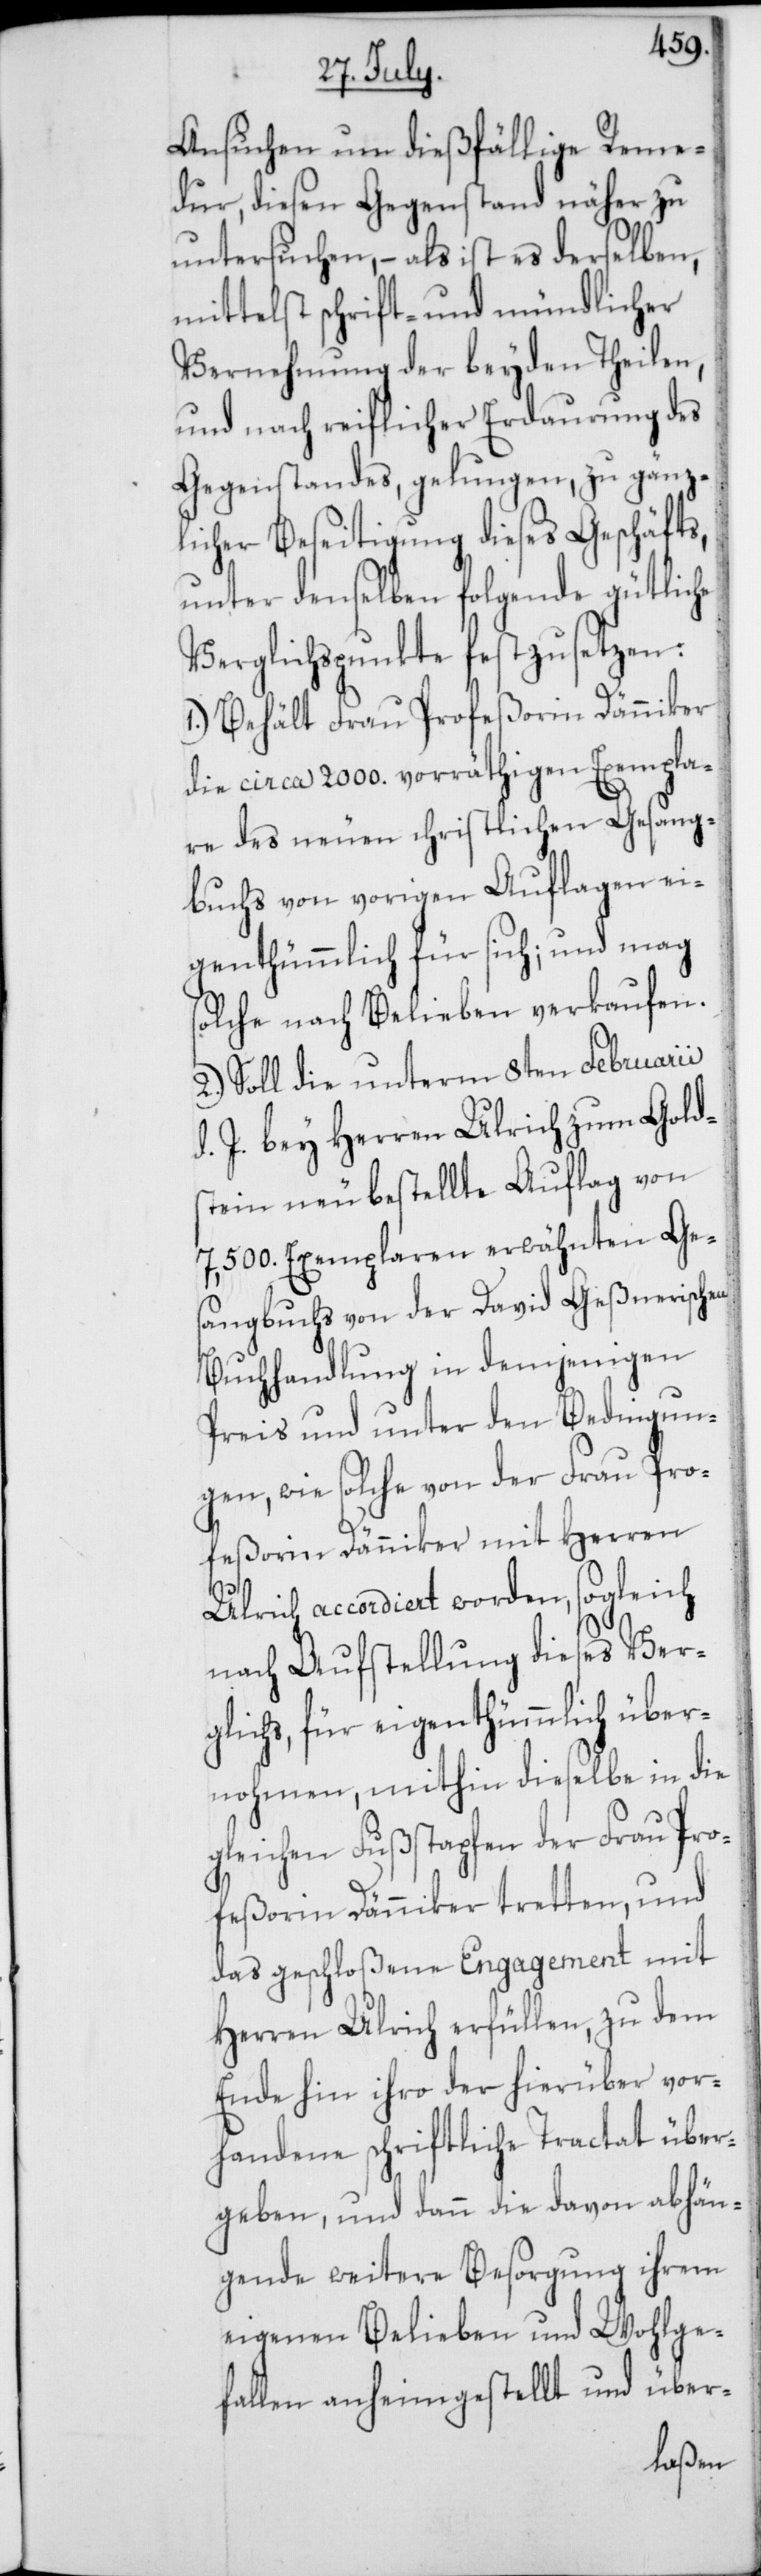
Ansuchen um dießfällige Reme¬
dur, diesen Gegenstand näher zu
untersuchen, – als ist es derselben,
mittelst schrift- und mündlicher
Vernehmung der beyden Theilen,
und nach reiflicher Erdaurung des
Gegenstandes, gelungen, zu gänz¬
licher Beseitigung dieses Geschäfts,
unter denselben folgende gütliche
Verglichspunkte festzusetzen:
1.) Behält Frau Profeßorin Dänniker
die circa 2000. vorräthigen Exempla¬
re des neuen christlichen Gesang¬
buchs von vorigen Auflagen ei¬
genthümlich für sich; und mag
solche nach Belieben verkaufen.
2.) Soll die unterm 8ten Februarii
d. J. bey Herren Ulrich zum Golds¬
tein neu bestellte Auflag von
7,500. Exemplaren erwähnten Ge¬
sangbuchs von der David Geßnerischen
Buchhandlung in demjenigen
Preis und unter den Bedingun¬
gen, wie solche von der Frau Pro¬
feßorin Dänniker mit Herren
Ulrich accordiert worden, sogleich
nach Aufstellung dieses Ver¬
glichs, für eigenthümlich über¬
nohmen, mithin dieselbe in die
gleichen Fußstapfen der Frau Pro¬
feßorin Dänniker tretten, und
das geschloßene Engagement mit
Herren Ulrich erfüllen, zu dem
Ende hin ihro der hierüber vor¬
handene schriftliche Tractat über¬
geben, und dann die davon abhän¬
gende weitere Besorgung ihrem
eigenen Belieben und Wohlge¬
fallen anheimgestellt und über-